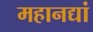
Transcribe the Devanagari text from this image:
महानद्यां